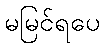
မမြင်ရပေ